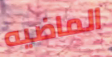
الماضيه